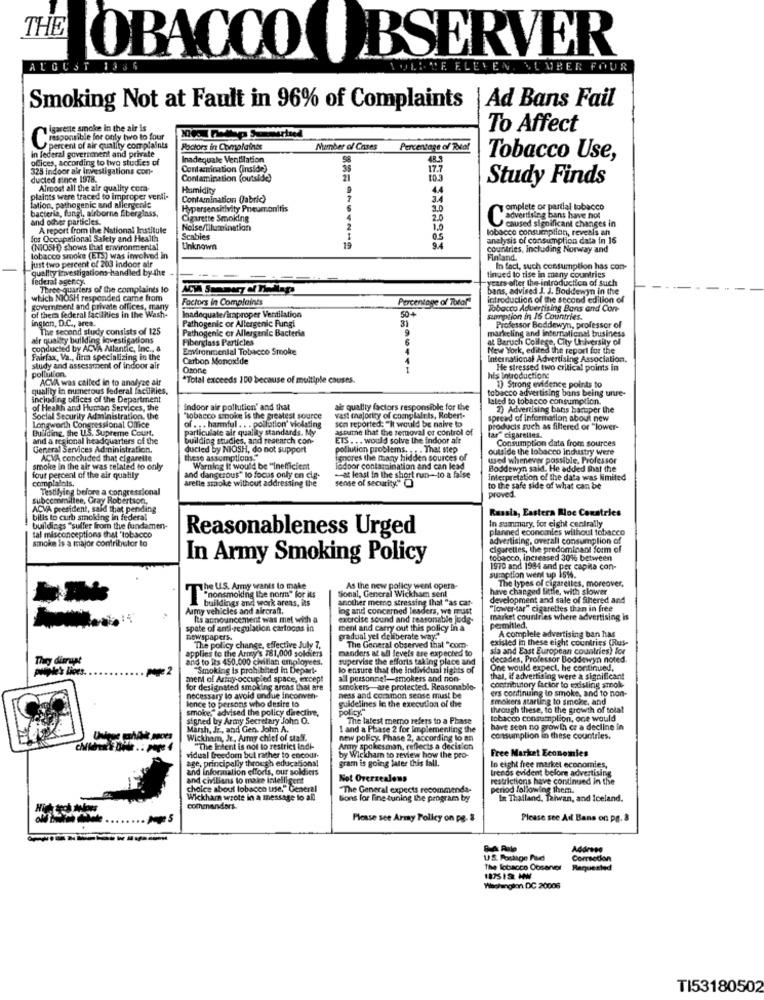
THE
OBACCO OBSERVER
AUGUST
EVEN. NUMBER FOUR
Ad Bans Fail
Smoking Not at Fault in 96% of Complaints
isarette smoke in the air is
To Affect
Responsible for only two to four
in federal government and private
percent of air quality complaints
Factors in Complaints
Number of Cases
Percentage of Total
ofices, according to two studies of
Inadequate Ventilation
Tobacco Use,
325 indoor air Investigations con-
Contamination (inside)
17.7
ducted since 1978.
Contamination (outside)
21
Study Finds
Almost all the air quality com-
Humidity
44
Haints were traced to improper verdi-
Contamination fabric)
7
lation, pathogenic and allerycale
bacteria, fungi, airborne fiberglass,
Hypersensitivity Pneumonitis
omplete or partial tobacco
and other particles.
Cigarette Smoking
2.0
advertising bans have hot
A report from the National Institute
Noise/Tilumination
1.0
caused significant changes in
for Occupational Safety and Health
Scables
03
analysis of consumption data in 16
(NIOSH) shows that environmental
Unknown
countries, Including Norway and
tobacco smoke (ETS) was involved in
just two percent of 203 indoor air
Finland.
quality investigations handled by the
In fact, such consumption has con-
federal agency.
introduction of such
Three quarters of the complaints lo
ACVA Summary of Thedlapo
which NIOSH responded carne from
Factors in Complaints
Percentage of Toral"
introduction of the second edition of
government and private offices, many
of thema federal facilities in the Wash-
Inadequate/improper Ventilation
50+
Tobacco Advertising Bons and Con-
inglon, D.C ., area.
Pathogenic or Allergenic Fungi
31
Sumption in 16 Countries.
The second study consists of 125
Pathogenic or Allergenic Bacteria
markeling and international business
Professor Boddewyn, professor of
air quality bulking Investigations
Fiberglass Particles
at Baruch College, City University of
conducted by ACVA Mlantic, Inc ., a
Environmental Tobacco Smoke
New York, edited the report for the
Fairfax, Va ., firma specializing in the
Carbon Monoxide
International Advertising Association.
study and assessment of indoor air
pollution.
Ozone
I
He stressed two critical points in
ACVA was called in to analyze air
*Total exceeds 100 because of multiple causes.
his Introductions
quality in numerous federal facilities,
tobacco advertising bans being unre-
1) Strong evidence points to
including offices of the Department
laled to tobacco consumption.
of Health and Human Services, the
indoor air pollution' and that
air quality factors responsible for the
2) Advertising bans hartper the
Social Security Administration, the
"tobacco sinoke Is the greatest source
vast majority of complaints, Robert-
son reported: "It would be naive to
spread of Information about new
Longworth Congressional Office
Building, the U.S. Supreme Court,
particulate air quality standards. My
of .. . harmful .. . pollution' violating
assume that the removal or control of
products such as filtered of "lower-
and a regional headquarters of the
building studies, and research con-
ETS ... would solve the indoor alt
lar" cigarelles.
Consumption data from sources
General Services Administration.
ducted by NIOSH, do not support
pollution problems. . . . That step
outside the tobacco Industry were
ACVA concluded that cigarette
these assumptions."
toppres the many hidden sources of
used whenever possible, Professor
smoke in the air was related to only
Warning it would be "inefficient
indoor contamination and can lead
Boddewyn said. He added That the
four percent of the air quality
complaints.
arette smoke without addressing the
and dangerous" lo focos only en cie-
-at least in the short run- to a false
sense of security."
interpretation of the data was limited
Testifying before a congressional
to the safe side of what can be
proved.
subcommittee, Gray Robertson,
ACVA president, said that pending
Russia, Eastera Rloc Coxatries
bilis to curb smoking in federal
buildings "suller from the fundamen-
tal misconceptions that 'tobacco
Reasonableness Urged
planned economies without tobacco
In summary, for eight centrally
amoin is a major contributor to
advertising, overall consumption of
cigarettes, the predominant form of
In Army Smoking Policy
tobacco, increased 30%% between
1970 and 1984 and per capita con-
sumaption went up 15%.
The types of cigarettes, moreover,
The U.S. Army wants to make
tional, General Wickham sent
As the new policy went opera-
have changed little, with slower
"nonsmoking the norm" for its
buildings and work areas, its
another memo stressing that "as car-
development and sale of filtered and
Army vehicles and aircraft.
lag and concerned leaders, we must
"lower-tar" cigarettes than in free
Its announcement was met with a
exercise sound and reasonable jode-
market countries where advertising is
spate of anti-regulation cartoons in
ment and carry out this policy in a
permitled,
A complete advertising ban has
newspapers.
gradual yel deliberate way."
existed in these eight countries (Rus-
applies to the Army's 781,000 soldiers
The policy change, effective July 7.
The General observed ihal "com-
manders at all levels are expected to
sia and East European countries) for
and to its 450.000 chillan employees.
supervise the efforts taking place and
decades, Professor Boddewyn noted.
pitades lices.
"Smoking is prohibited in Depart-
lo ensure that the individual rights of
One would expect, he continued,
ment of Ariny-occupied space, except
all personnel-smokers and non-
that, if advertising were a significant
contributory factor to existing smoke-
for designated smoking arcas that are
smokers are protected. Reasonable-
ers continuing to smoke, and to non-
lence to persons who desire to
necessary to avoid undue inconven-
ness and common sense must be
smokers starting to smoke, and
smoke" advised the policy directive,
guidelines le the execution of the
policy"
through these, to the growth of total
signed by Army Secretary John O.
The latest merno refers to a Phase
tobacco consumption, one would
Marsh, Jz, and Gen. John A.
1 and a Phase 2 for Implementing the
have seen no growth cr a decline in
Wickham, Jr, Army chief of staff.
new policy Phase 2, according to an
consumption in these countries.
"The Indent is not to restrict indi-
Army spokesman, reflects a decision
Free Market Economies
vidual freedom but rather to encour-
ase, principally through educations!
by Wickham to review how the pro-
gram is going later this fall.
and information efforts, our soldiers
trends evident before advertising
In eight free market economies,
and civilians to make intelligent
Not Overzealous
restrictions have continued in the
choice about tobacco use," General
"The General expects recommenda-
period following them.
Wickham wrote in a message to all
tions for fine tuning the program by
In Thailand, Taiwan, and Iceland.
commanders.
Please see Army Policy on pe. &
Please see Ad Bans on pg. 3
Address
Corsodon
The Tobacco Ooserver
Requested
1875 12. HW
Washington DC 20006
TI53180502